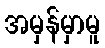
အမှန်မှာမူ